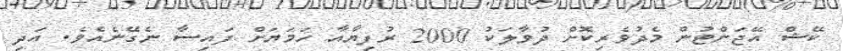
ކޭޝް އޭޖަންޓުން މެދުވެރިކޮށް ދުވާލަކު 2000 ރުފިޔާއާ ހަމަޔަށް ފައިސާ ނެގޭނެއެވެ. އަދި